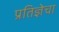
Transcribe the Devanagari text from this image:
प्रतिज्ञेचा